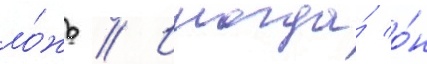
ло́жь // Иногда́ о́н